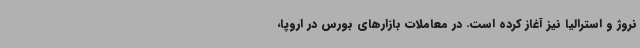
نروژ و استرالیا نیز آغاز کرده است. در معاملات بازارهای بورس در اروپا،